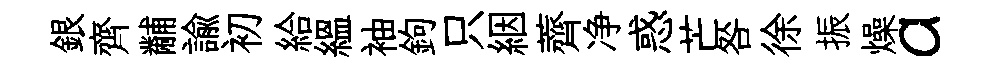
銀齊黼諭初給緼袖鉤只絪薺净惑芒咎徐振燥a